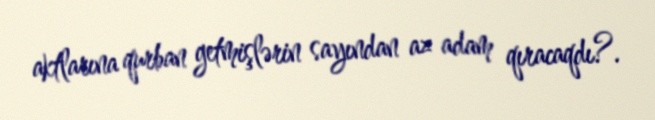
aktlarına qurban getmişlərin sayından az adam qıracaqdı?.